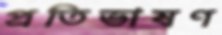
প্রতিভাষণ